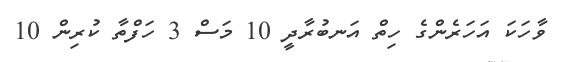
ވާހަކަ އަހަރެންގެ ހިތް އަނބުރާދީ 10 މަސް 3 ހަފްތާ ކުރިން 10